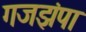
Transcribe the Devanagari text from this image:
गजझंपा